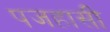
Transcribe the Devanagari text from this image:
पजहासी